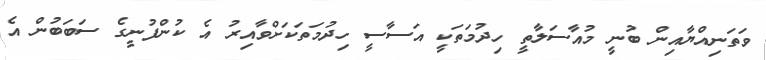
ވަތަނިއްޔާއިން ބުނީ މުއާސަލާތީ ހިދުމަތަކީ އަސާސީ ހިދުމަތަކަށްވާއިރު އެ ކުންފުނީގެ ސަބަބުން އެ